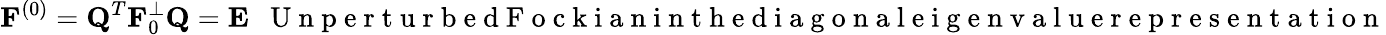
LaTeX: {\mathbf F}^{(0)}={\mathbf Q}^{T}{\mathbf F}_{0}^{\perp}{\mathbf Q}={\mathbf E}~~\mathrm{~U~n~p~e~r~t~u~r~b~e~d~F~o~c~k~i~a~n~i~n~t~h~e~d~i~a~g~o~n~a~l~e~i~g~e~n~v~a~l~u~e~r~e~p~r~e~s~e~n~t~a~t~i~o~n~}